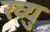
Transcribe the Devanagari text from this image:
ख्यु